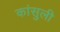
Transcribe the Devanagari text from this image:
कांसुली